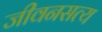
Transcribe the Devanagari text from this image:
जीवनसत्य